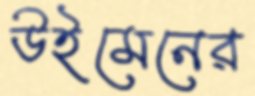
উইমেনের